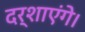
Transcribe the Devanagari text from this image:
दर्शाएंगे।